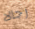
رجالا